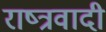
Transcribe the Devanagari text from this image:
राष्त्रवादी